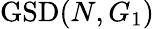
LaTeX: \mathrm{GSD}(N,G_{1})